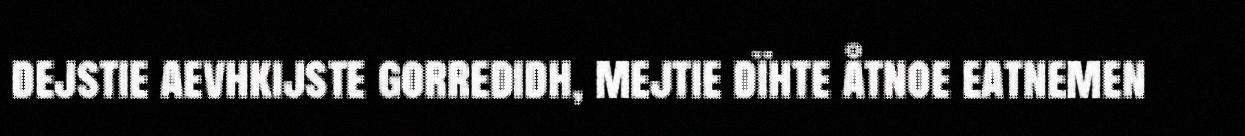
dejstie aevhkijste gorredidh, mejtie dïhte åtnoe eatnemen